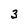
Character: 3